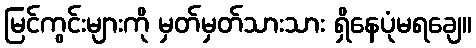
မြင်ကွင်းများကို မှတ်မှတ်သားသား ရှိနေပုံမရချေ။